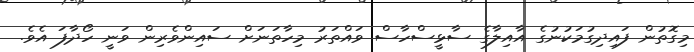
މިގޮތުން ފައިދިގުމަކުނުގެ އާއިލާގެ ސާޅީސްހާސް ވައްތަރު މިހާތަނަށް ސައިންވެރިން ވަނީ ހޯދާފަ އެވެ.